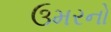
ઉમરનો